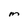
Character: m